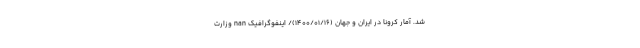
شد. آمار کرونا در ایران و جهان (۱۴۰۰/۰۱/۱۶)/ اینفوگرافیک nan وزارت